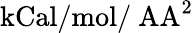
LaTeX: \mathrm{kCal/mol/\ AA^{2}}